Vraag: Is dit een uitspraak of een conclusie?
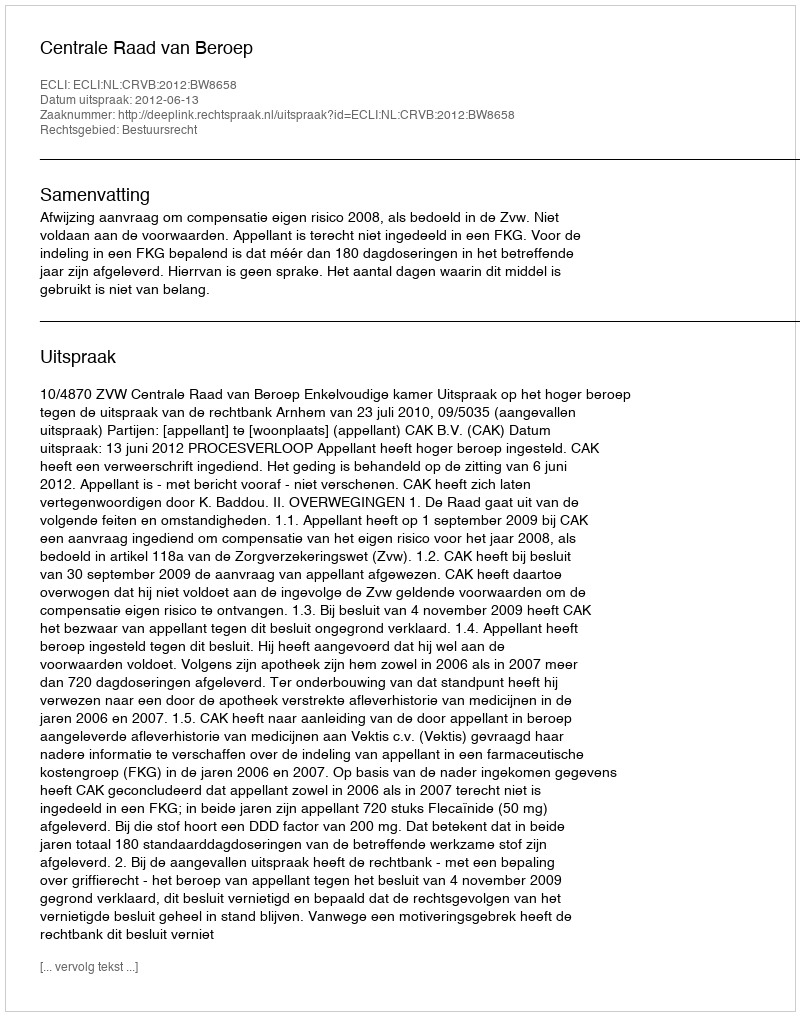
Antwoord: Uitspraak